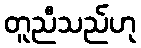
တူညီသည်ဟု